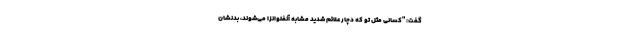
گفت: "کسانی مثل تو که دچار علائم شدید مشابه آنفلوانزا می‌شوند، بدنشان